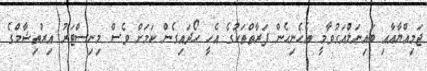
ޖަމިއްޔާއާއި ބައިނަލްއަގުވާމީ އެހެނިހެން ފަރާތްތަކުގެ އެހީ ހޯދައިގެން ކަމަށް ވެސް މިނިސްޓަރު އިރުތިޝާމްގެ